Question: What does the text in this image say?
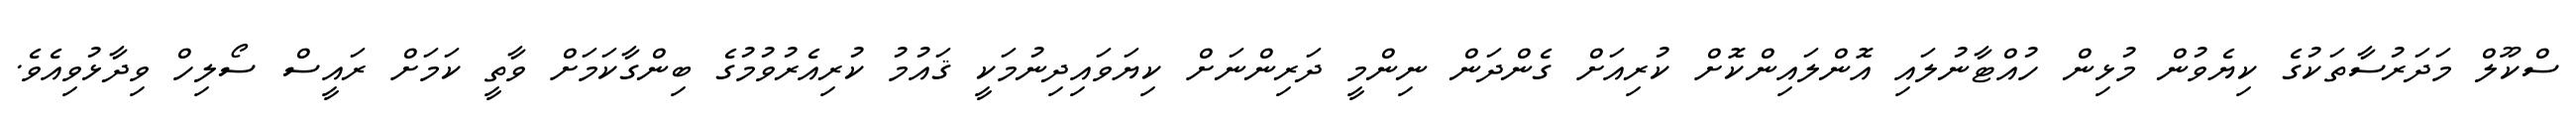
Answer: ސްކޫލް މަދަރުސާތަކުގެ ކިޔެވުން މުޅިން ހުއްޓާނުލައި އޮންލައިންކޮށް ކުރިއަށް ގެންދަން ނިންމީ ދަރިންނަށް ކިޔަވައިދިނުމަކީ ޤައުމު ކުރިއެރުވުމުގެ ބިންގާކަމަށް ވާތީ ކަމަށް ރައީސް ސޯލިހް ވިދާޅުވިއެވެ.